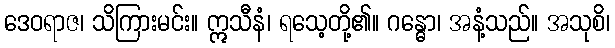
ဒေဝရာဇ၊ သိကြားမင်း။ ဣသီနံ၊ ရသေ့တို့၏။ ဂန္ဓော၊ အနံ့သည်။ အသုစိ၊